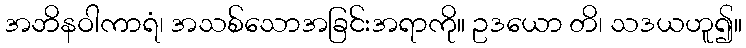
အဘိနဝါကာရံ၊ အသစ်သောအခြင်းအရာကို။ ဥဒယော တိ၊ သဒယဟူ၍။